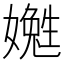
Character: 嬔